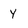
Character: Y